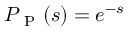
P _ { \mathrm { ~ P ~ } } ( s ) = e ^ { - s }